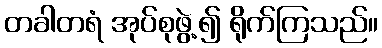
တခါတရံ အုပ်စုဖွဲ့၍ ရိုက်ကြသည်။